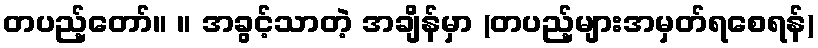
တပည့်တော်။ ။ အခွင့်သာတဲ့ အချိန်မှာ (တပည့်များအမှတ်ရစေရန်)